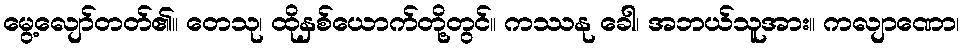
မွေ့လျော်တတ်၏။ တေသု၊ ထိုနှစ်ယောက်တို့တွင်။ ကဿနု ခေါ၊ အဘယ်သူအား။ ကလျာဏော၊